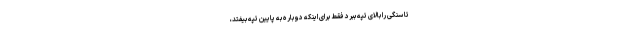
تا سنگی را بالای تپه ببرد فقط برای اینکه دوباره به پایین تپه بیفتد،